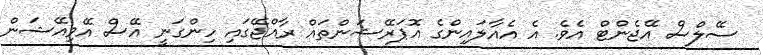
ސޭލްސް އޭޖެންޓް އެވެ. އެ އެއާލައިންގެ އޮޕަރޭޝަންތައް ރާއްޖޭގައި ހިންގަނީ އޭސް އޭވިއޭޝަން